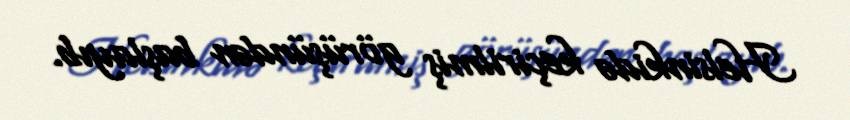
Helsinkidə keçirilmiş görüşündən başlayıb.